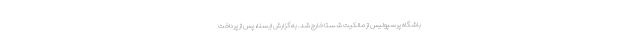
باشگاه پرسپولیس از مالکیت شستا خارج شد. به گزارش ایسنا، پس‌ از پرداخت